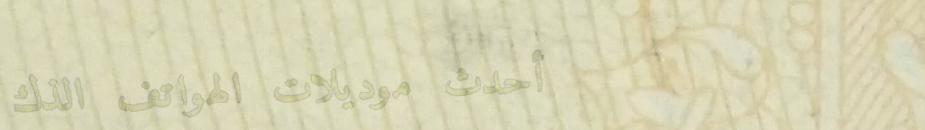
أحدث موديلات الهواتف الذك